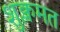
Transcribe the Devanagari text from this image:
शुक्लमत